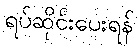
ရပ်ဆိုင်းပေးရန်